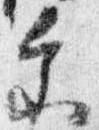
参